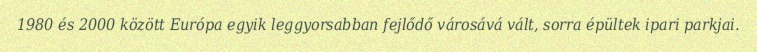
1980 és 2000 között Európa egyik leggyorsabban fejlődő városává vált, sorra épültek ipari parkjai.